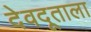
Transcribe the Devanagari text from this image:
देवदूताला